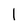
Character: I